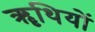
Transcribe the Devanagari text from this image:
ॠथियों